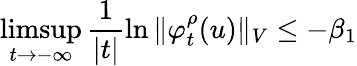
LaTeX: \operatorname*{limsup}_{t\to-\infty}\frac{1}{|t|}\ln\Vert\varphi_{t}^{\rho}(u)\Vert_{V}\leq-\beta_{1}